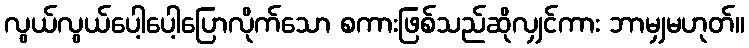
လွယ်လွယ်ပေါ့ပေါ့ပြောလိုက်သော စကားဖြစ်သည်ဆိုလျှင်ကား ဘာမျှမဟုတ်။